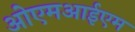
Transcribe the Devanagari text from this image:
ओएमआईएम